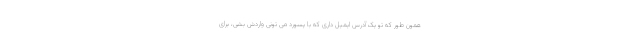
همون طور که تو یک آدرس ایمیل داری که با پسورد می تونی واردش بشی، برای